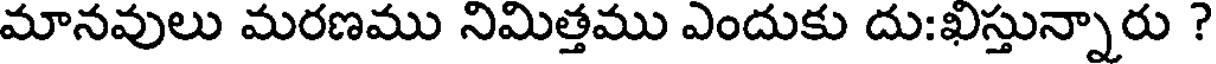
మానవులు మరణము నిమిత్తము ఎందుకు దు:ఖిస్తున్నారు ?